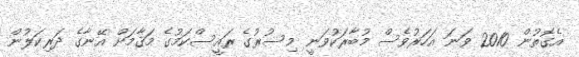
އެގޮތުން 2010 ވަނަ އަހަރުވެސް މުބާރަކުވަނީ މިސުރުގެ ރައީސްކަމުގެ މަޤާމަށް އޭނާގެ ދަރިކަލުން